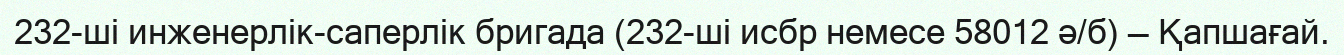
232-ші инженерлік-саперлік бригада (232-ші исбр немесе 58012 ә/б) — Қапшағай.